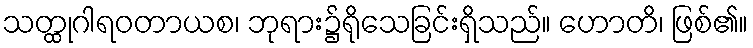
သတ္ထုဂါရဝတာယစ၊ ဘုရား၌ရိုသေခြင်းရှိသည်။ ဟောတိ၊ ဖြစ်၏။